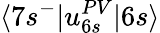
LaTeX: \langle 7s^{-}|u_{6s}^{PV}|6s\rangle